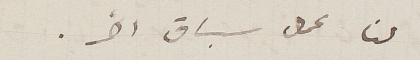
لنا عمل سباق اخر.